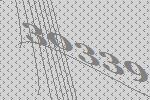
30339